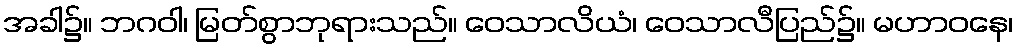
အခါ၌။ ဘဂဝါ၊ မြတ်စွာဘုရားသည်။ ဝေသာလိယံ၊ ဝေသာလီပြည်၌။ မဟာဝနေ၊